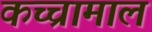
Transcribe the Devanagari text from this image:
कच्चामाल